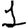
Digit: 1